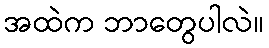
အထဲက ဘာတွေပါလဲ။